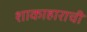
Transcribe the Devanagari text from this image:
शाकाहाराची